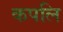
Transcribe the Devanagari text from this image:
कपलि